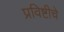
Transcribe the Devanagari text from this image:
प्रविष्टीचे